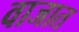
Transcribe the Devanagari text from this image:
वाजात